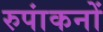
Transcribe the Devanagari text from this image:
रुपांकनों